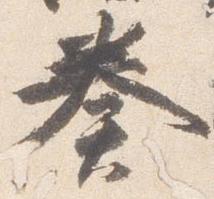
奏